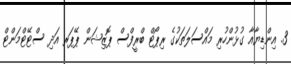
3. އިންޑިޔާއާ ގުޅުންހުރި މައްސަލަތަކުގެ ރިޕޯޓް ބްރީފްސް ޕޮޒިޝަން ޕޭޕަރ އަދި ސްޓޭޓްމަންޓް